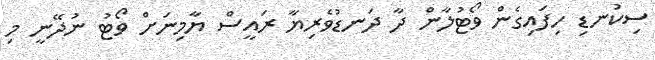
ސިކުނޑި ހިފައިގެން ވޯޓުލާން ދާ ދަނޑުވެރިޔާ ރައީސް ޔާމިނަށް ވޯޓު ނުދޭނީ މި